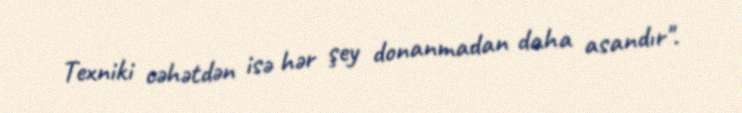
Texniki cəhətdən isə hər şey donanmadan daha asandır".